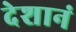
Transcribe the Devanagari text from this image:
देशानं